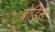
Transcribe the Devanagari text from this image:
ब्रोडिस